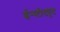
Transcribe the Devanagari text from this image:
ईन्स्टीट्यूट